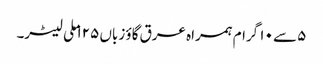
۵ سے ۱۰ گرام ہمراہ عرق گاؤ زباں ۱۲۵ ملی لیٹر۔